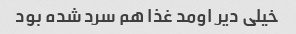
خیلی دیر اومد غذا هم سرد شده بود